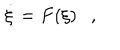
\dot { \xi } = F ( \xi ) \ \ \ ,